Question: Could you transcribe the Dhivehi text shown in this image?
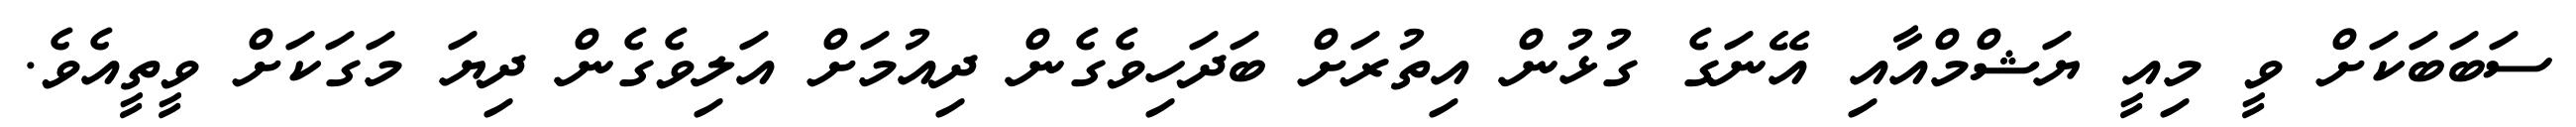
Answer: ސަބަބަކަށް ވީ މިއީ ޔަޝްމްއާއި އޭނަގެ ގުޅުން އިތުރަށް ބަދަހިވެގެން ދިއުމަށް އަލިވެގެން ދިޔަ މަގަކަށް ވީތީއެވެ.